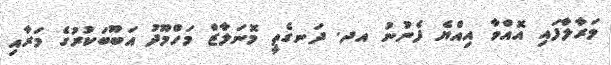
މަރާލާފައި އޮއްވާ އިއްޔެ ފެނުނު އދ. ދަނގެތީ މޮނަލާޒް މަހްމޫދު އަބޫބަކުރުގެ މަރާއި